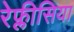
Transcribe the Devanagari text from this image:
रेफ्लीसिया